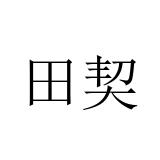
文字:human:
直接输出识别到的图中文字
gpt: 田契